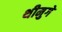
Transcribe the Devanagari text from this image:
थीमुगे